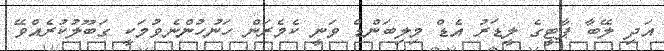
އަދި ލޭބާ ޕާޓީގެ ލީޑަރު އެޑް މިލިބަންޑް ވަނީ ކެމެރަން ހަނުހުންނެވުމަކީ ގަބޫލުކުރެއްވޭ